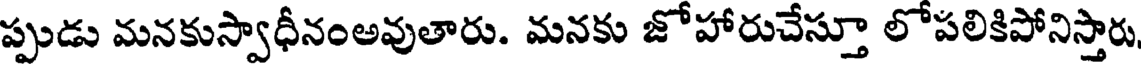
ప్పుడు మనకుస్వాధీనంఅవుతారు. మనకు జోహారుచేస్తూ లోపలికిపోనిస్తారు